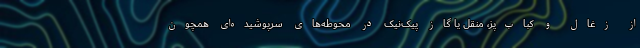
از زغال و کباب‌پز، منقل یا گاز پیک‌نیک در محوطه‌های سرپوشیده‌ای همچون